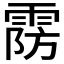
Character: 𱁚